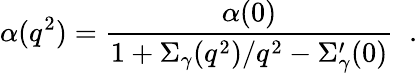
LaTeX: \alpha(q^{2})=\frac{\alpha(0)}{1+\Sigma_{\gamma}(q^{2})/q^{2}-\Sigma_{\gamma}^{\prime}(0)}\; \; .